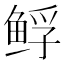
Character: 𱇲